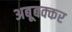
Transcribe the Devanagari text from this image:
अबूबक्कर